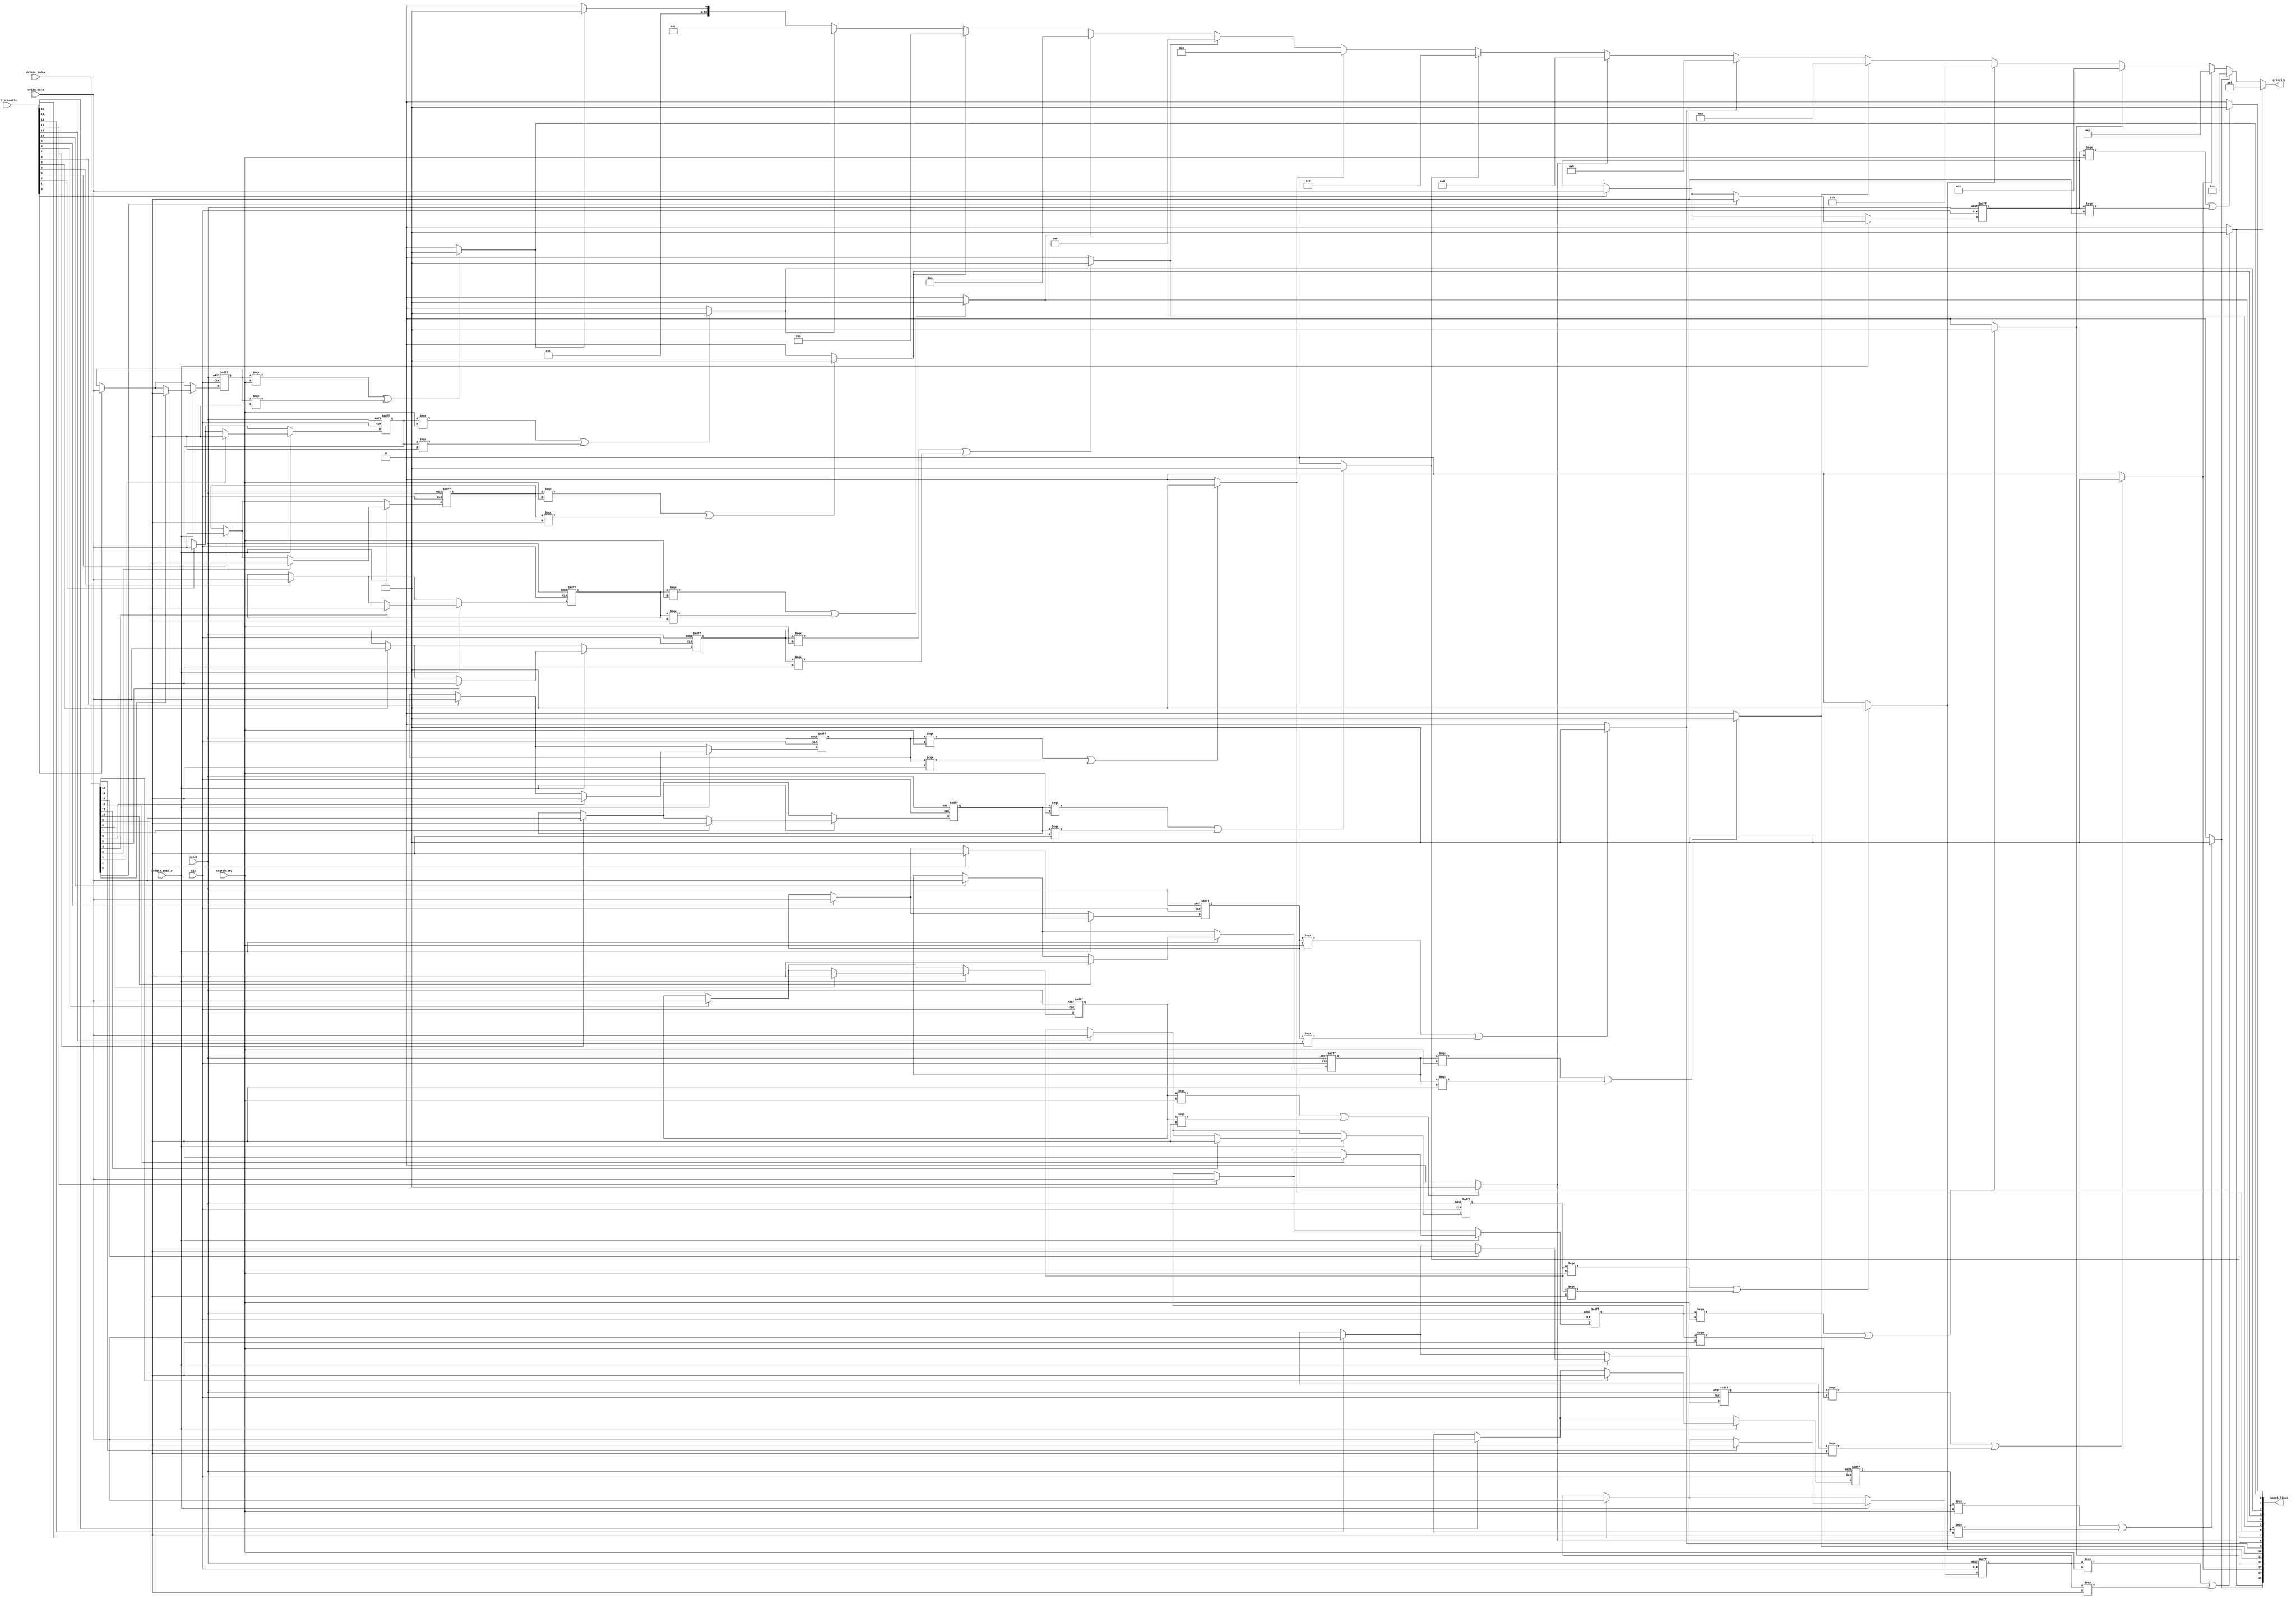
module tcam #(
    parameter NUM_ENTRIES = 16, // Number of TCAM entries
    parameter ENTRY_WIDTH = 8    // Width of each entry
)(
    input wire clk,
    input wire reset,
    input wire [ENTRY_WIDTH-1:0] search_key, // Search input
    input wire [ENTRY_WIDTH-1:0] write_data,  // Data to write
    input wire [NUM_ENTRIES-1:0] write_enable, // Write enable for each entry
    input wire delete_enable, // Enable for deletion
    input wire [NUM_ENTRIES-1:0] delete_index, // Index of entry to delete
    output reg [NUM_ENTRIES-1:0] match_lines, // Match lines output
    output reg [NUM_ENTRIES-1:0] priority // Priority output for matches
);

    // Memory array to store TCAM entries
    reg [ENTRY_WIDTH-1:0] memory [0:NUM_ENTRIES-1];
    
    // Initialize memory to X (don't care) state
    integer i;
    initial begin
        for (i = 0; i < NUM_ENTRIES; i = i + 1) begin
            memory[i] = {ENTRY_WIDTH{1'bx}}; // Initialize to all Xs
        end
    end

    // Search logic
    always @(*) begin
        match_lines = 0; // Clear match lines
        for (i = 0; i < NUM_ENTRIES; i = i + 1) begin
            if (memory[i] === search_key || memory[i] === {ENTRY_WIDTH{1'bx}}) begin
                match_lines[i] = 1; // Set match line if match found
            end
        end
    end

    // Write logic
    always @(posedge clk or posedge reset) begin
        if (reset) begin
            for (i = 0; i < NUM_ENTRIES; i = i + 1) begin
                memory[i] <= {ENTRY_WIDTH{1'bx}}; // Reset to all Xs
            end
        end else begin
            // Write new entries
            for (i = 0; i < NUM_ENTRIES; i = i + 1) begin
                if (write_enable[i]) begin
                    memory[i] <= write_data; // Write data to TCAM
                end
            end
            
            // Handle deletion
            if (delete_enable) begin
                for (i = 0; i < NUM_ENTRIES; i = i + 1) begin
                    if (delete_index[i]) begin
                        memory[i] <= {ENTRY_WIDTH{1'bx}}; // Set entry to all Xs
                    end
                end
            end
        end
    end

    // Priority encoder logic
    always @(*) begin
        priority = 0; // Clear priority
        for (i = 0; i < NUM_ENTRIES; i = i + 1) begin
            if (match_lines[i]) begin
                priority = i; // Set priority to the highest matching entry
            end
        end
    end

endmodule